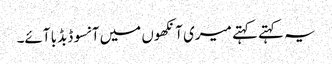
یہ کہتے کہتے میری آنکھوں میں آنسو ڈبڈبا آئے۔